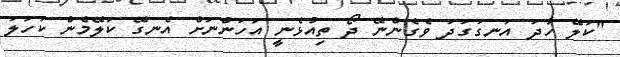
"ކަލޭ ހާދަ އަނގަގަދަ ވެގެންނޭ ދޯ ތިއުޅެނީ އަހަންނަށް އެނގޭ ކަލޭމެން ކަހަލަ